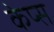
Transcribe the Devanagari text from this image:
केप्स